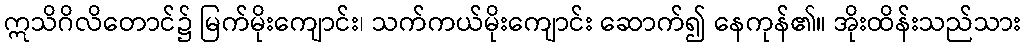
ဣသိဂိလိတောင်၌ မြက်မိုးကျောင်း၊ သက်ကယ်မိုးကျောင်း ဆောက်၍ နေကုန်၏။ အိုးထိန်းသည်သား